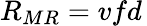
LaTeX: {R}_{MR}=vfd\,